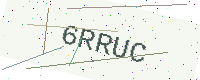
Text: 6RRUC